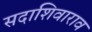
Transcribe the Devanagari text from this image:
सदाशिवाराव